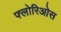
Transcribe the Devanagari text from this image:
फ्लोरिओस